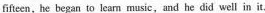
fifteen, he began to leam music, and he did well in it,